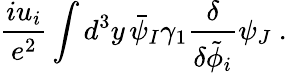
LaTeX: \frac{iu_{i}}{e^{2}}\int d^{3}y\, \bar{\psi}_{I}\gamma_{1}\frac{\delta}{\delta\tilde{\phi}_{i}}\psi_{J}\ .